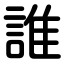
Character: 誰